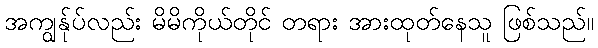
အကျွန်ုပ်လည်း မိမိကိုယ်တိုင် တရား အားထုတ်နေသူ ဖြစ်သည်။